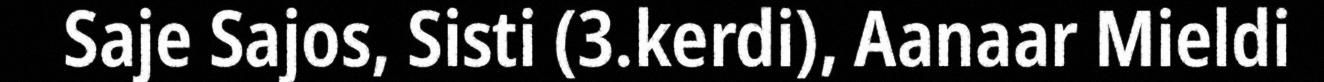
Saje Sajos, Sisti (3.kerdi), Aanaar Mieldi